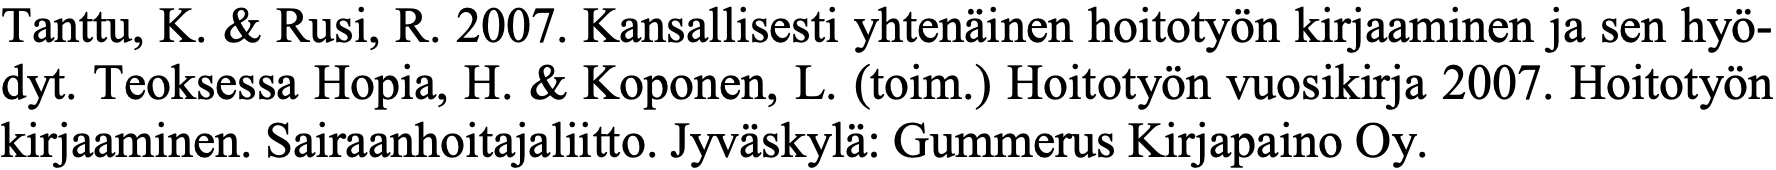
Tanttu, K. & Rusi, R. 2007. Kansallisesti yhtenäinen hoitotyön kirjaaminen ja sen hyö- dyt. Teoksessa Hopia, H. & Koponen, L. (toim.) Hoitotyön vuosikirja 2007. Hoitotyön kirjaaminen. Sairaanhoitajaliitto. Jyväskylä: Gummerus Kirjapaino Oy.